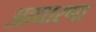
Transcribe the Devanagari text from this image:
आधारणा